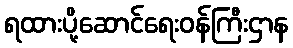
ရထားပို့ဆောင်ရေးဝန်ကြီးဌာန